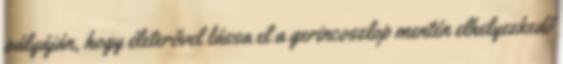
pályáján, hogy életerővel lássa el a gerincoszlop mentén elhelyezkedő